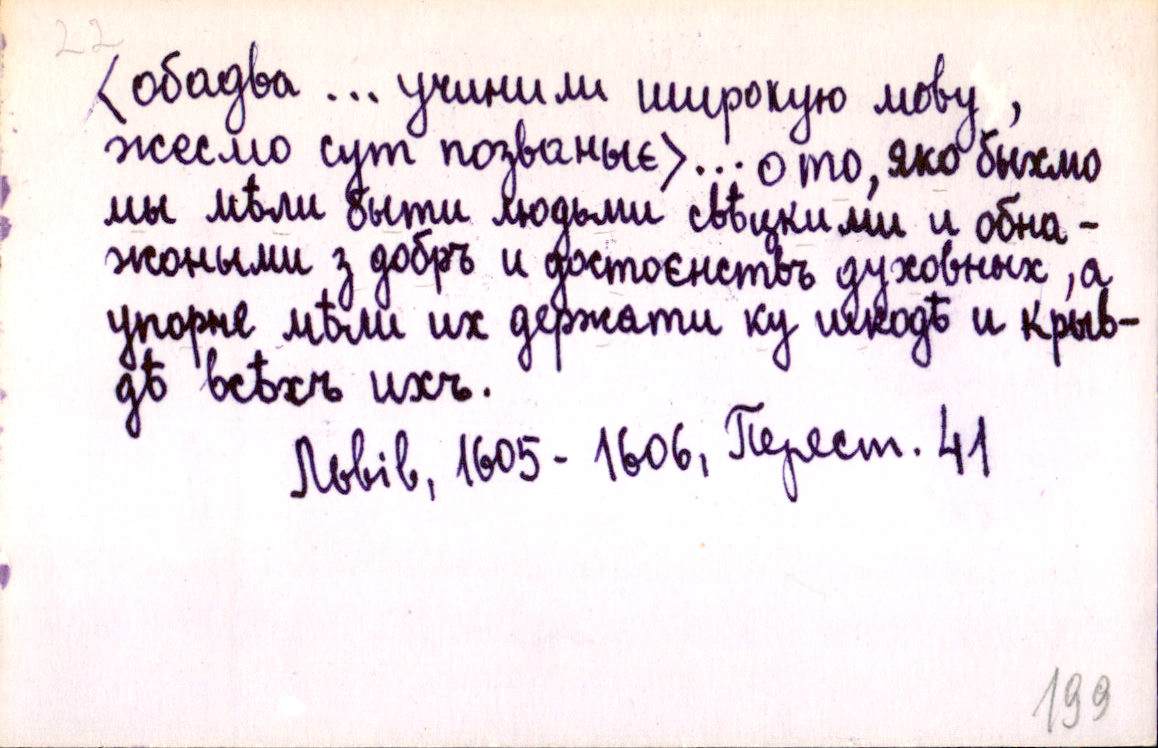
<обадва … учинили широкую мову,
жесмо сут позваныє>… о то, яко быхмо
мы мѣли быти людьми свѣцкими и обна-
жоными з добръ и достоєнствъ духовных, а
упорне мѣли их держати ку шкодѣ и крыв-
дѣ всѣхъ ихъ.
Львів, 1605-1606, Перест. 41